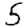
Digit: 5